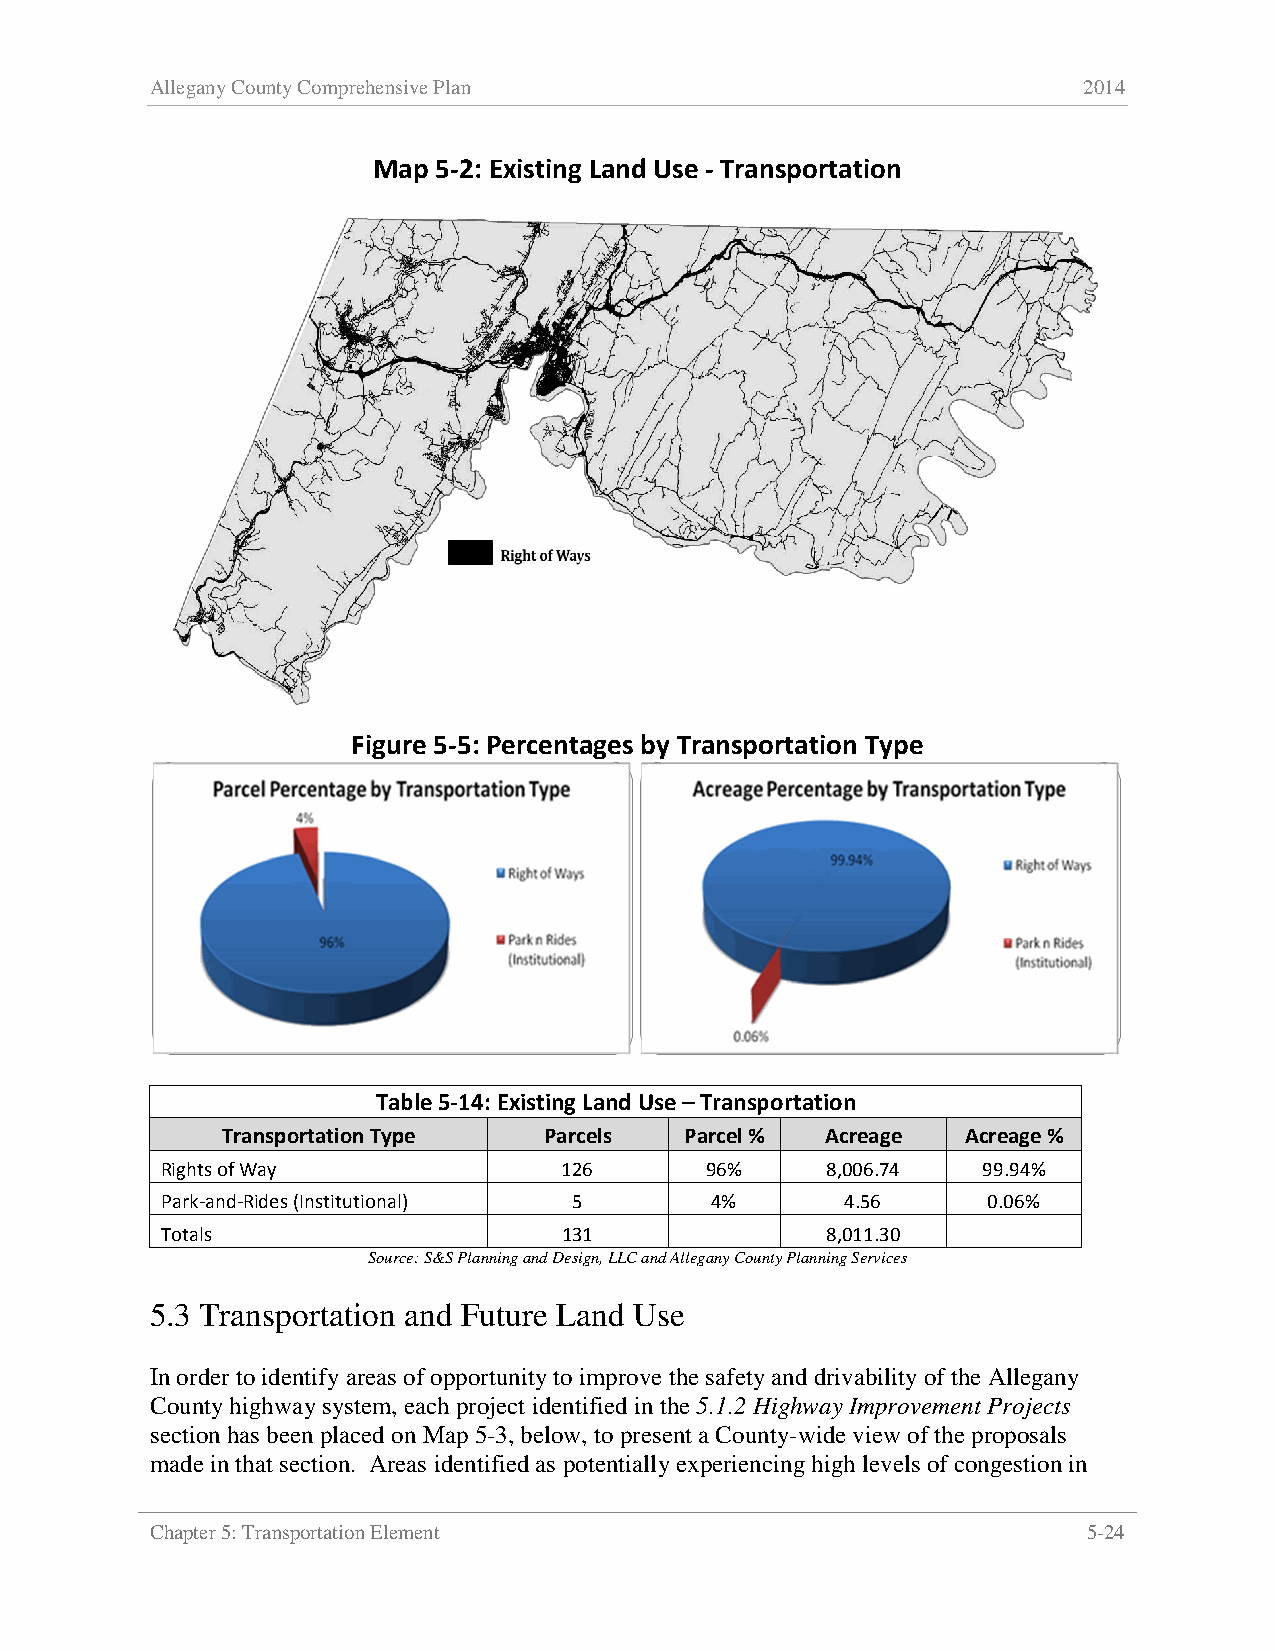
Allegany County Comprehensive Plan                            2014
 Map 5-2: Existing Land Use - Transportation
 Figure 5-5: Percentages by Transportation Type
 Parcel Percentage by TranPspaorcrtealtsio, n Type Acreage Percentage by Transportation
 Park n                      Type
 Acreage
 Rides                                  Right
 , Right
 Right of
 (Instit…                                of
 of
 Ways
 Ways
 Ways,…
 Parcels,                           Acreage
 Right of                           , Park n
 Ways,                               Rides
 126,…                              (Instit…
 Table 5-14: Existing Land Use – Transportation
 Transportation Type  Parcels  Parcel %  Acreage  Acreage %
 Rights of Way             126       96%     8,006.74  99.94%
 Park-and-Rides (Institutional) 5    4%       4.56     0.06%
 Totals                    131               8,011.30
 Source: S&S Planning and Design, LLC and Allegany County Planning Services
 5.3 Transportation and Future Land Use
 In order to identify areas of opportunity to improve the safety and drivability of the Allegany
 County highway system, each project identified in the 5.1.2 Highway Improvement Projects
 section has been placed on Map 5-3, below, to present a County-wide view of the proposals
 made in that section. Areas identified as potentially experiencing high levels of congestion in
 Chapter 5: Transportation Element                             5-24